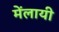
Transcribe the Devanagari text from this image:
मेंलायी